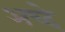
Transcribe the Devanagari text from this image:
अच्दे